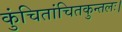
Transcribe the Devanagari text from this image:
कुंचितांचितकुन्तलः।